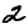
Digit: 2